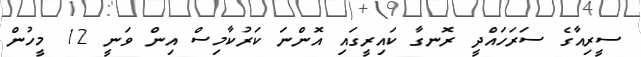
ސީރިއާގެ ސަރަހައްދީ ރޮނގާ ކައިރީގައި އޮންނަ ކަރުކާމިސް އިން ވަނީ 12 މީހުން